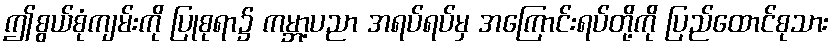
ဤစွယ်စုံကျမ်းကို ပြုစုရာ၌ ကမ္ဘာ့ပညာ အရပ်ရပ်မှ အကြောင်းရပ်တို့ကို ပြည်ထောင်စုသား